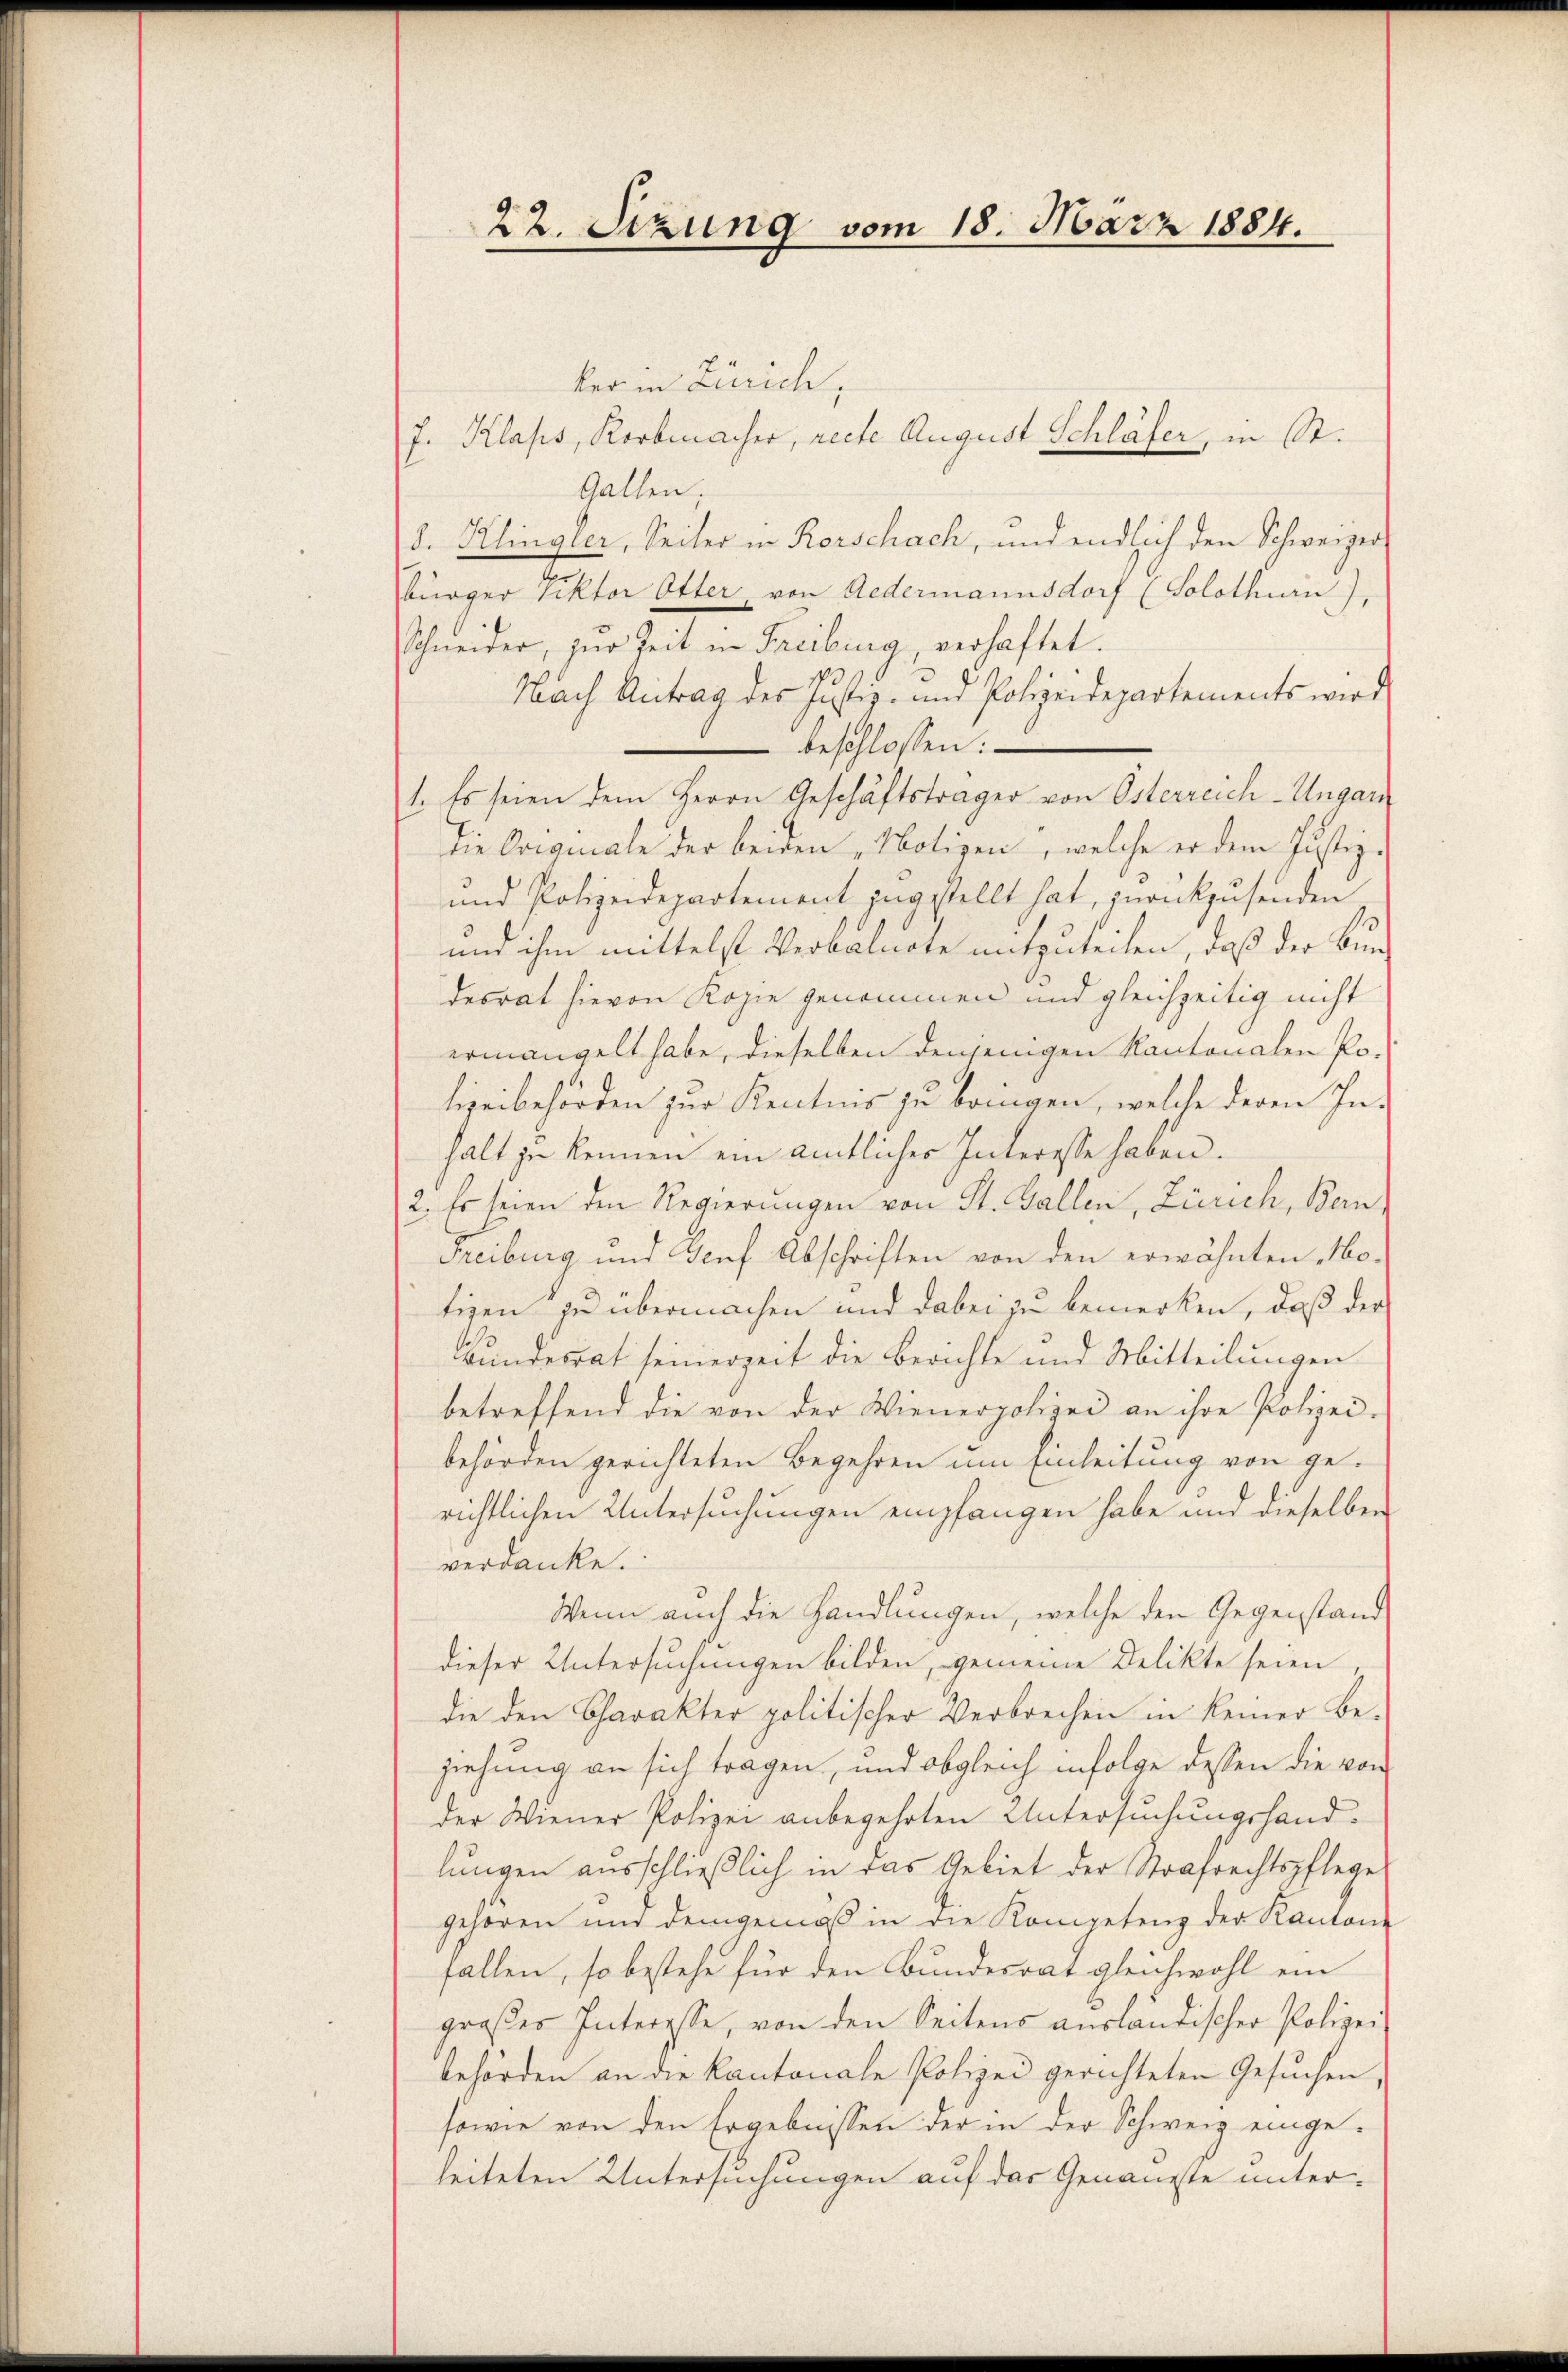
22. Setzung vom 18. März 1884.

ker in Zürich,
7. Klaps, Korbmacher, rechte August Schläfer, in St.
Gallen,
d. Klingler, Seiter in Rorschach, und endlich den Schweizer
bürger Viktor Otter von Redermannsdorf (Solothurn),
Schneider, zur Zeit in Freibung, verhaftet.
Nach Antrag des Justiz- und Polizeidepartements wird
 beschlossen:
1. Es seien dem Herrn Geschäftsträger von Osterreich-Ungarn
die Originale der beiden „Notizen, welche er dem Justiz-
und Polizeidepartement zugestellt hat, zurückzŭsenden.
und ihm mittelst Verbaluere mitzuteilen, daß der Bundesrat hievon Kopie genommen und gleichzeitig nicht
ermangelt habe, dieselben denjenigen Kantonalen Po-
lizeibehörden zur Kenntnis zu bringen, welche deren Inhalt zu kennen ein amtlicher Interesse haben.
2. Es seien den Regierungen von St. Gallen, Zürich, Bern,
Freiburg und Bonf Abschriften von den erwähnten Motigen zu übermachen und dabei zu bemerken, daß der
Bundesrat seinerzeit die Berichte und Mitteilungen
betreffend die von der Wienerpolizei an ihre Polizei.
behörden gerichteten Begehren um Einleitung von gerichtlichen Untersuchungen empfangen habe und dieselben
verdanke.
Wenn auch die Handlungen, welche den Gegenstand
dieser Untersuchungen bilden, gemeine Delikte seien
die den Charakter politischer Verbrechen in keiner Be-
ziehung an sich tragen, und obgleich infolge dessen die von
der Wiener Polizei anbegehrten Untersuchungshand-
lungen ausschließlich in das Gebiet der Strafrechtspflege
gehören und demgemäß in die Kompetenz der Kantone
fallen, so bestehe für den Bundesrat gleichwohl ein
großes Interesse, von den Seitens ausländischer Polizei
behörden an die Kantonale Polizei gerichteten Gesuchen
sowie von den Ergebnissen der in der Schweiz einge-
leiteten Untersuchungen auf das Genaueste unter-